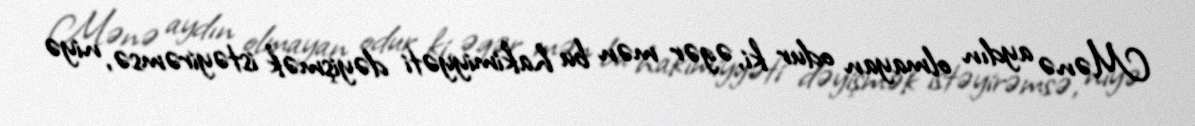
Mənə aydın olmayan odur ki, əgər mən bu hakimiyyəti dəyişmək istəyirəmsə, niyə